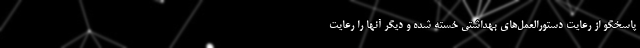
پاسخگو از رعایت دستورالعمل­های بهداشتی خسته شده و دیگر آنها را رعایت